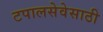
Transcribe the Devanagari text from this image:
टपालसेवेसाठी